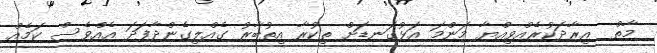
މާތް  އިރާދަކުރެއްވިއްޔާ މަންމަ އަޅުގަނޑަށް ތިކުރާ އިތުބާރު ގެއްލިގެންދާފަދަ އެއްވެސް ކަމެއް